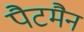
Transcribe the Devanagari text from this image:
पैटमैन